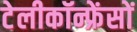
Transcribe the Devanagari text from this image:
टेलीकॉन्फ्रेंसों